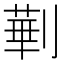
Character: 𱐤